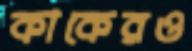
কাকেরও